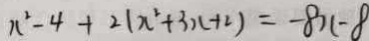
x ^ { 2 } - 4 + 2 ( x ^ { 2 } + 3 x + 2 ) = - 8 x - 8